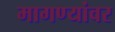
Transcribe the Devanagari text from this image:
मागण्यांवर